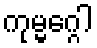
ကုမ္မဂ္ဂေါ